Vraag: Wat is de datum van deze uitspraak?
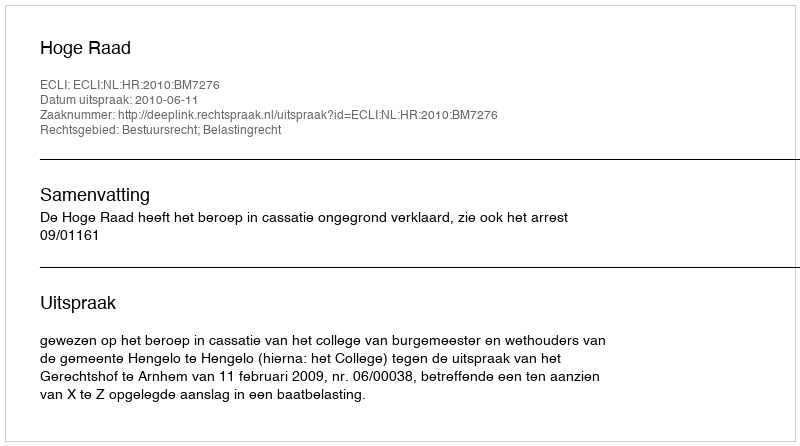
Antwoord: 2010-06-11